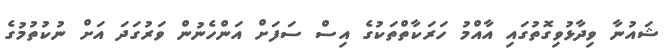
ޝައުނާ ވިދާޅުވިގޮތުގައި އާއްމު ހަރަކާތްތަކުގެ އިސް ސަފަށް އަންހެނުން ވަރުގަދަ އަށް ނުކުތުމުގެ